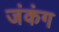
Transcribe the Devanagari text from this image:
जंकंग